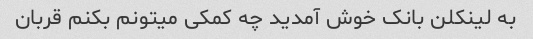
به لینکلن بانک خوش آمدید چه کمکی میتونم بکنم قربان